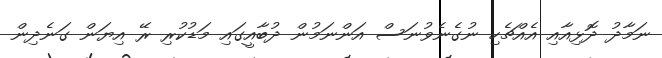
ނަމާދު ދޮޅިއާއި އެއްޗެހި ނުގެނެވުނަސް އަންނަމުން ދުބާއީގައި މަޑުކުރި ރޭ އިޔަން ގަނެދިން